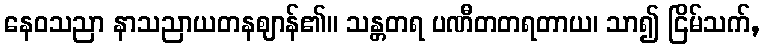
နေဝသညာ နာသညာယတနဈာန်၏။ သန္တတရ ပဏီတတရတာယ၊ သာ၍ ငြိမ်သက်,